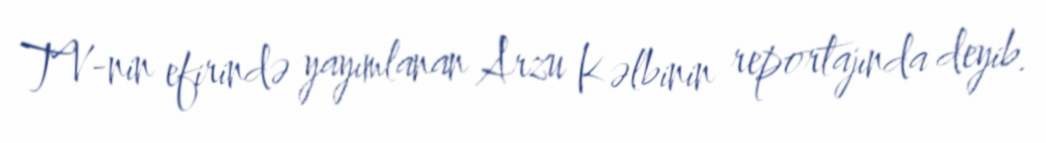
TV-nin efirində yayımlanan Arzu Kəlbinin reportajında deyib.